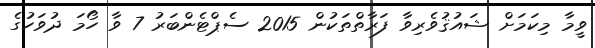
ވީމާ މިކަމަށް ޝައުޤުވެރިވާ ފަރާތްތަކުން 2015 ސެޕްޓެންބަރު 7 ވާ ހޯމަ ދުވަހުގެ